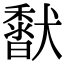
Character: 𩡍